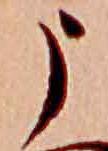
う